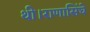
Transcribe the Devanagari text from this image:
थी।राणासिंघे